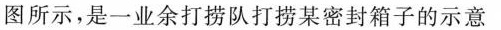
图所示，是一业余打捞队打捞某密封箱子的示意